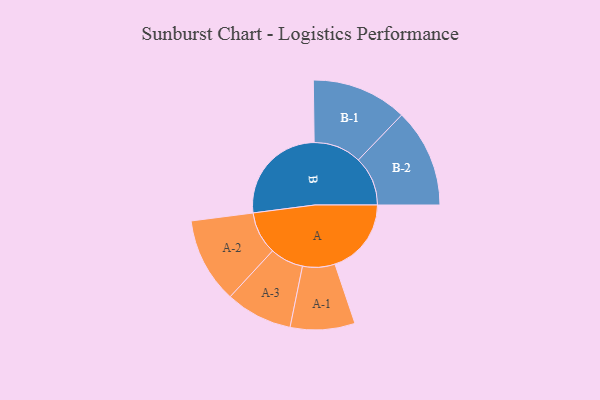
{"axis": {"x": "Segment", "y": "Value"}, "legend": ["", "A", "B"], "data": [{"x": "A", "y": 345, "type": ""}, {"x": "B", "y": 467, "type": ""}, {"x": "A-1", "y": 146, "type": "A"}, {"x": "A-2", "y": 193, "type": "A"}, {"x": "A-3", "y": 151, "type": "A"}, {"x": "B-1", "y": 216, "type": "B"}, {"x": "B-2", "y": 223, "type": "B"}]}